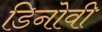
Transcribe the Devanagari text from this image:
डिनोवी